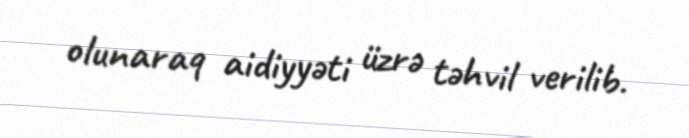
olunaraq aidiyyəti üzrə təhvil verilib.